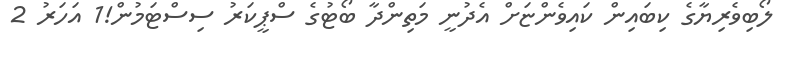
ލޯބިވެރިޔާގެ ކިބައިން ކައިވެންޏަށް އެދުނީ މަތިންދާ ބޯޓުގެ ސްޕީކަރު ސިސްޓަމުން!1 އަހަރު 2